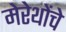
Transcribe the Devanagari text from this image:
मेरेथोंचे